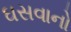
ઘસવાનો